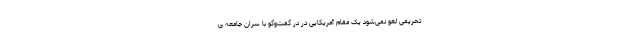
تحریمی لغو نمی‌شود یک مقام آمریکایی در در گفت‌وگو با سران جامعه ی